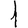
Digit: 1